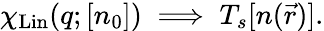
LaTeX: \chi_{\mathrm{Lin}}(q;[n_{0}])\implies T_{s}[n(\vec{r})].